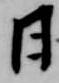
日